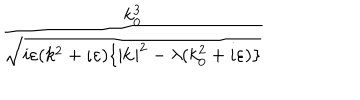
\frac { k _ { 0 } ^ { 3 } } { \sqrt { i \varepsilon ( k ^ { 2 } + \iota \varepsilon ) \{ | \mathbf { k } | ^ { 2 } - \lambda ( k _ { 0 } ^ { 2 } + i \varepsilon ) \} } }